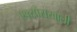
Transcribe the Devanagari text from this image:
एक्स्प्रेसखाली